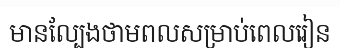
មានល្បែងថាមពលសម្រាប់ពេលរៀន